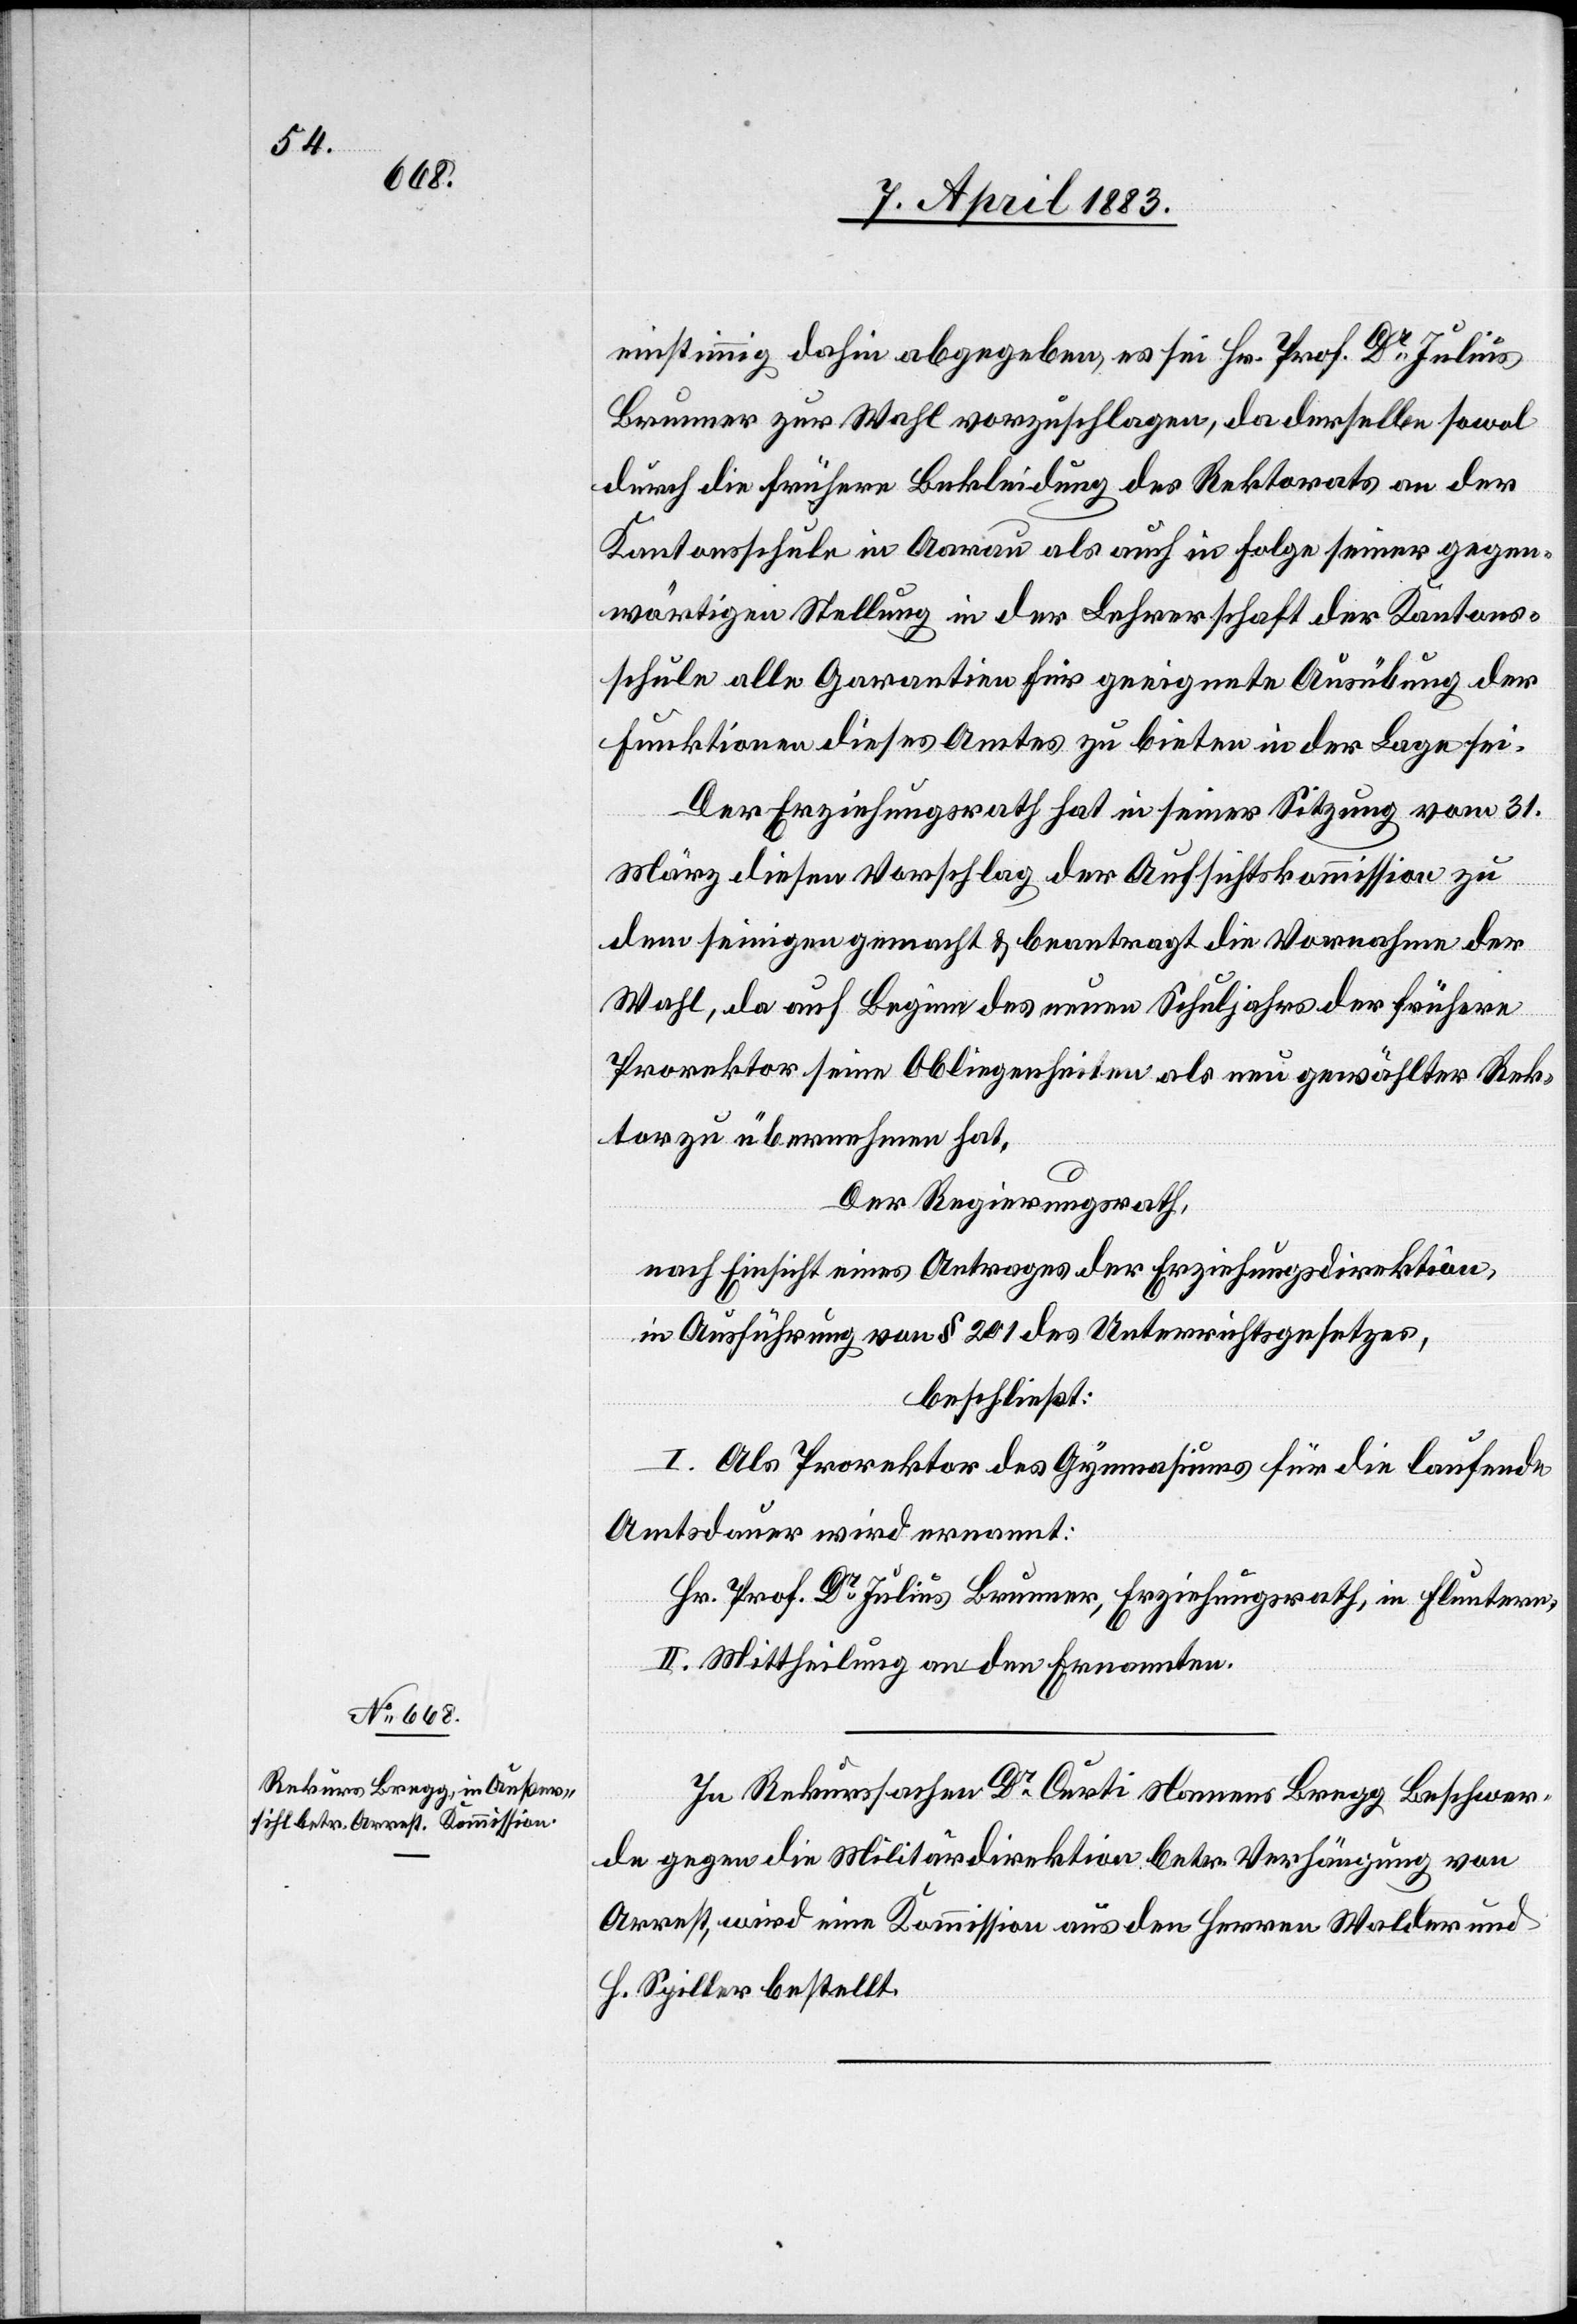
einstimmig dahin abgegeben, es sei Hr. Prof. Dr Julius
Brunner zur Wahl vorzuschlagen, da derselbe sowol
durch die frühere Bekleidung des Rektorats an der
Kantonsschule in Aarau als auch in Folge seiner gegen¬
wärtigen Stellung in der Lehrerschaft der Kantons¬
schule alle Garantien für geeignete Ausübung der
Funktionen dieses Amtes zu bieten in der Lage sei.
Der Erziehungsrath hat in seiner Sitzung vom 31.
März diesen Vorschlag der Aufsichtskommission zu
dem seinigen gemacht & beantragt die Vornahme der
Wahl, da auf Beginn des neuen Schuljahres der frühere
Prorektor seine Obliegenheiten als neu gewählter Rek¬
tor zu übernehmen hat.
Der Regierungsrath,
nach Einsicht eines Antrages der Erziehungsdirektion,
in Ausführung von § 201 des Unterrichtsgesetzes,
beschließt:
I. Als Prorektor des Gymnasiums für die laufende
Amtsdauer wird ernannt:
Hr. Prof. Dr Julius Brunner, Erziehungsrath, in Fluntern.
II. Mittheilung an den Ernannten.
In Rekurssachen Dr Certi Namens Bregg Beschwer¬
de gegen die Militärdirektion betr. Verhängung von
Arrest, wird eine Kommission aus den Herren Walder und
H. Spiller bestellt.